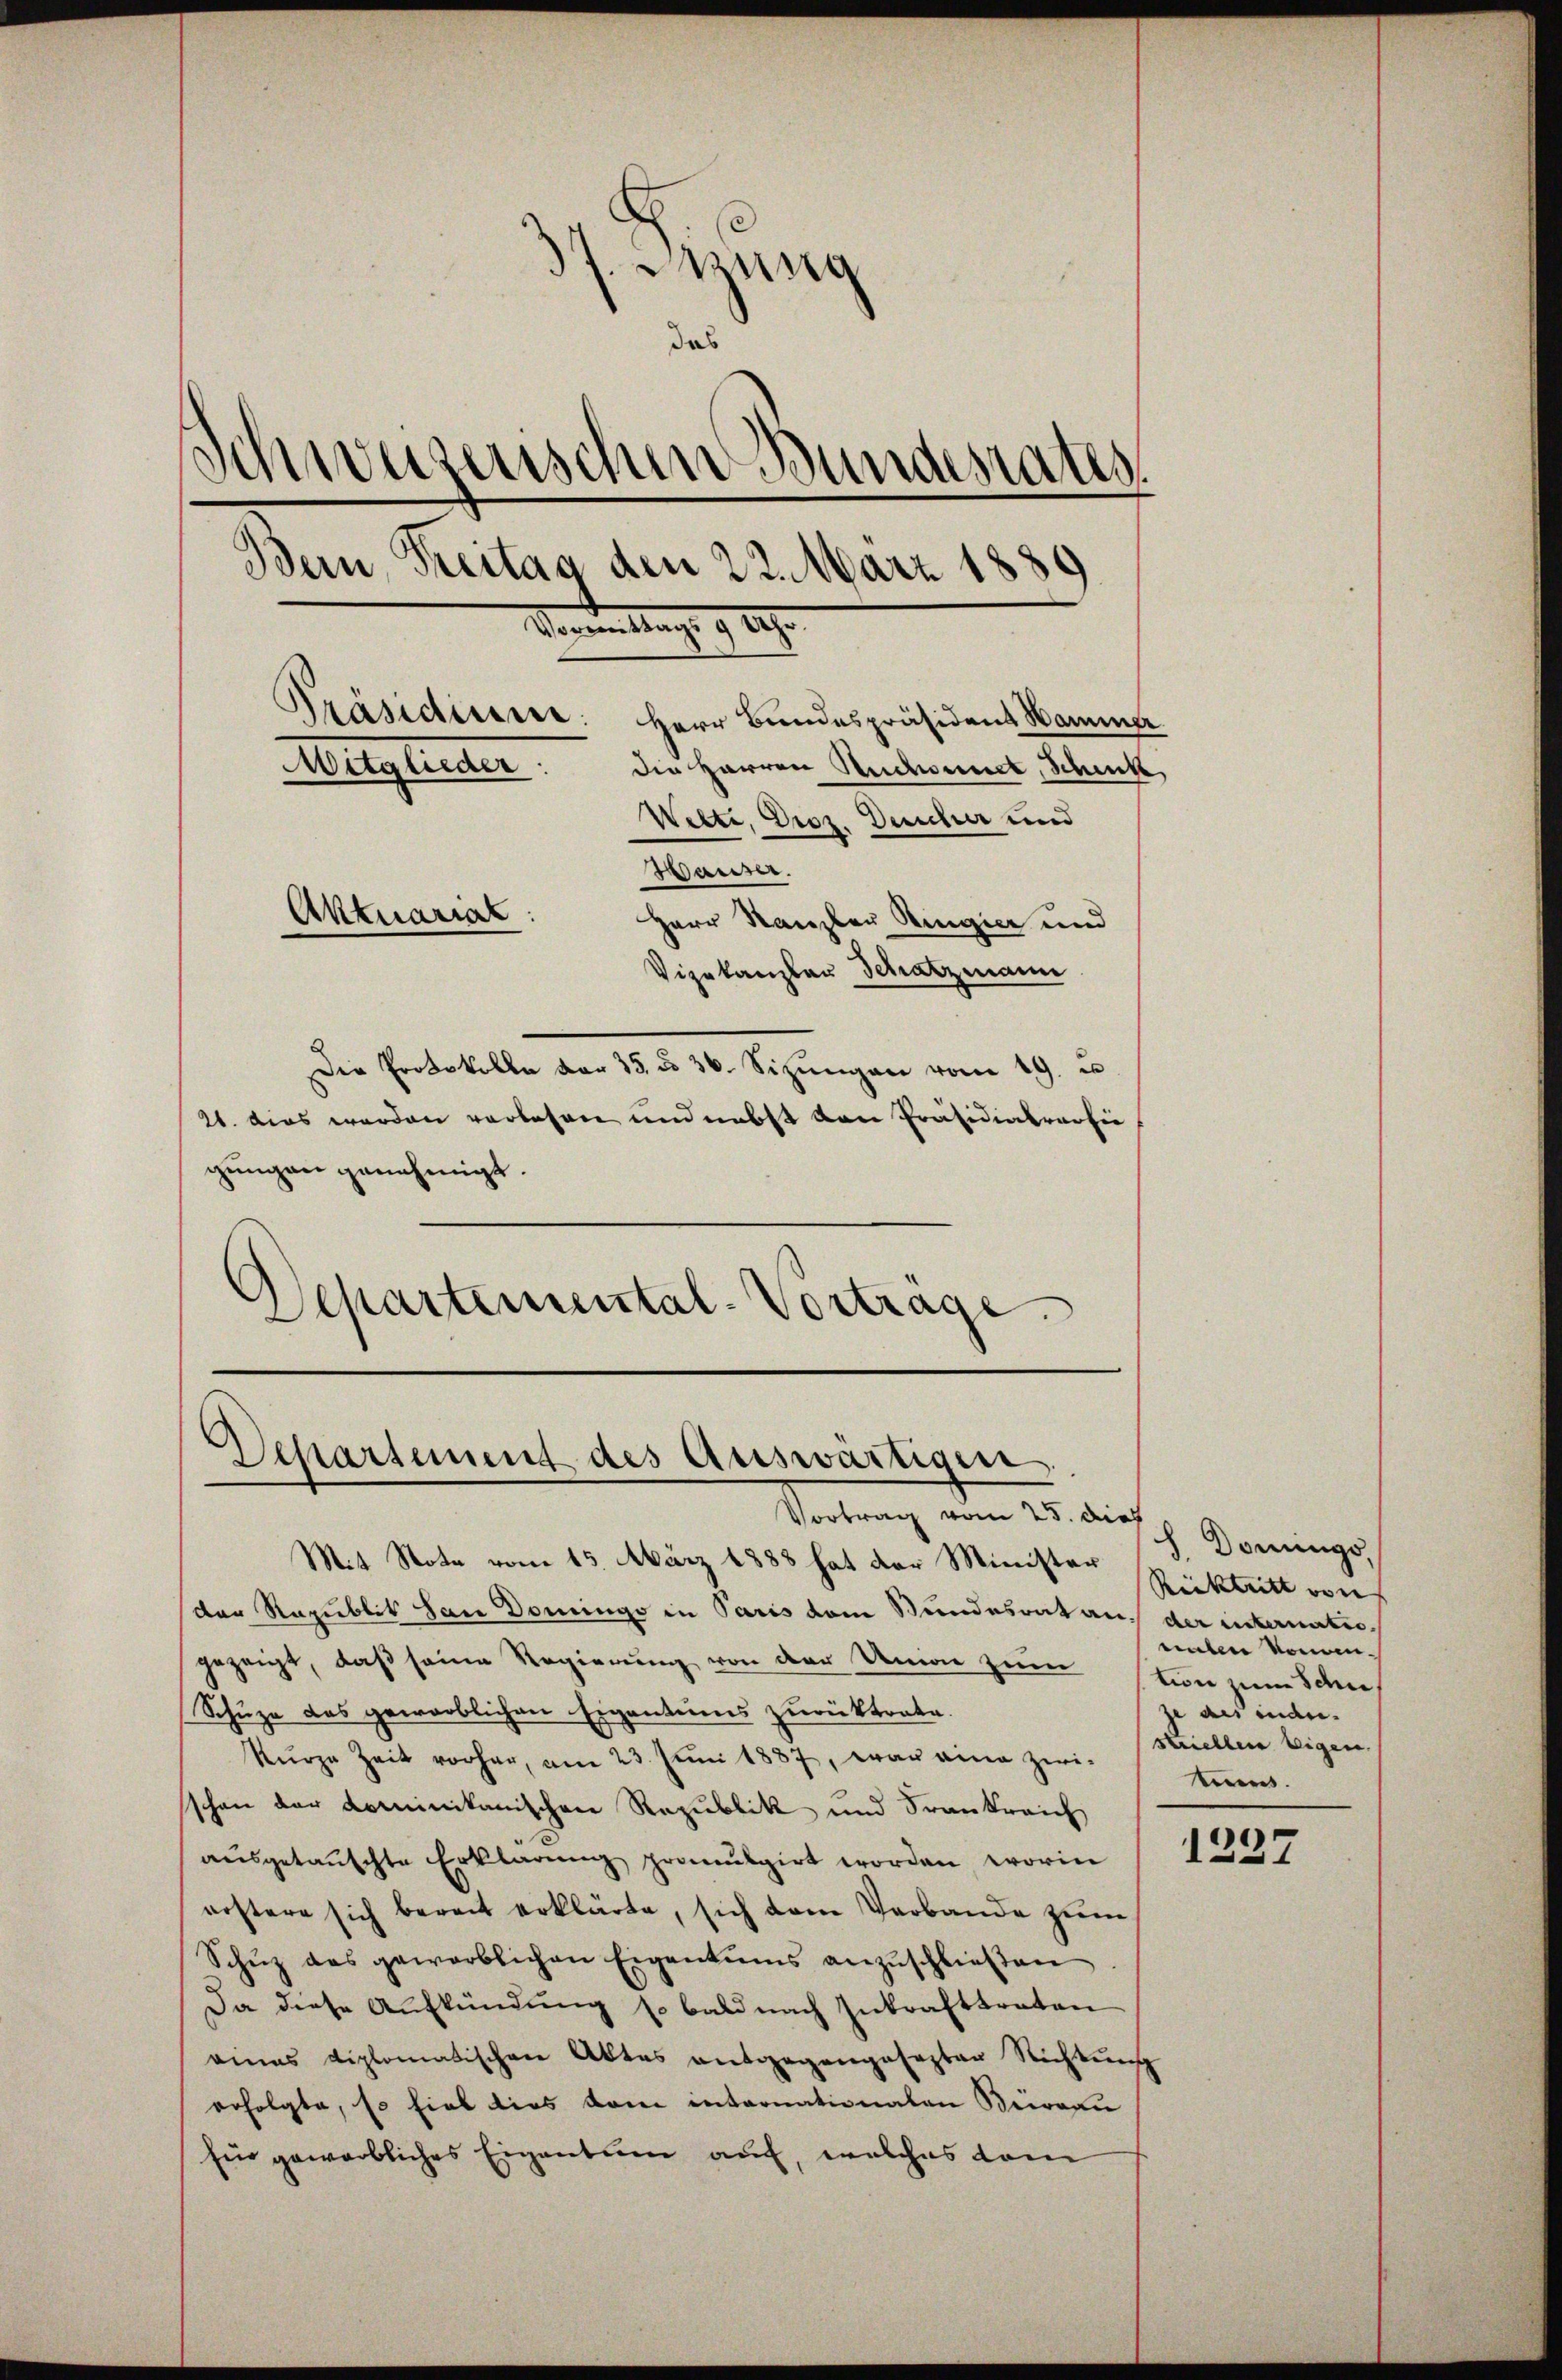
37. Jung
das
Schweizerischen Bundesrates.
Bern, Treitas den 22. März 1889
Monaten trags 9 Uhr
Präsidiren: Herr Bundespräsident Hammer
Mitglieder
der Herren Schonnet, Schenk,
Webte, Droz. Descher und
Hauser.
Aktuariat
Herr Kanzler Ringier und
Vizekanzlau Schatzmann
Die Protokolle der 25. d. 36. Sizŭngen vom 19. u

21. dies werden verlesen und nebst den Präsidialverhie
gungen genehmigt.
Departemental-Vortrage.

Departement des Auswärtigen.
Vortrag vom 25. dies

Mit Note vom 15. März 1888 hat der Minister Rücktritt von
der Republik dan Dominge in Paris vom Bundesrat an der internatio
gezeigt, daβ seine Regierŭng von der Union zum stin zum Schre
Schüze des gewerblichen Eigentums zurücktrete.
kŭrze Zeit vorher, am 23. Juni 1887, war eine zwi-
schon der dominikanischen Republik und Frankreich
aŭsgetauschte Erklärung promulgirt worden, worin
erstere sich bereit erklärte, sich dem Verbande zum
Schŭz des gewerblichen Eigentums anzŭschließen
Da diese Aufkündung so bald nach Inkrafttreten
eines diplomatischen Aktes entgegangesezten Richtung
erfolgte, so fiel dies vom internationalen Beiratu
für gewerbliches Eigentum auf, welches dam

h. Domings,
enten komenze des inde.
striellen Eigen.
Bees.

1237